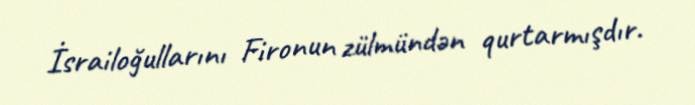
İsrailoğullarını Fironun zülmündən qurtarmışdır.